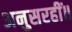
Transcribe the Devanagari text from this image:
अनुसरहीं॥